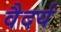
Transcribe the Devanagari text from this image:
वैदर्य